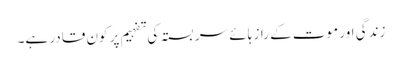
زندگی اور موت کے راز ہائے سربستہ کی تفہیم پر کون قادر ہے۔